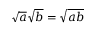
{ \sqrt { a } } { \sqrt { b } } = { \sqrt { a b } }